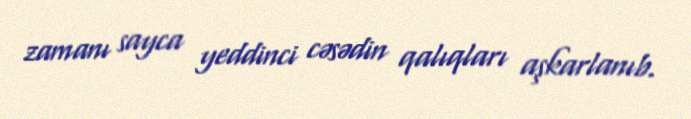
zamanı sayca yeddinci cəsədin qalıqları aşkarlanıb.